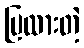
ပြထားတဲ့